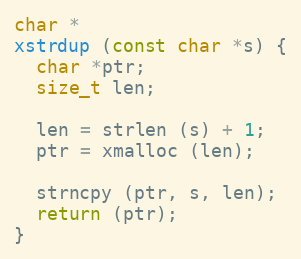
Language: C
char *
xstrdup (const char *s) {
  char *ptr;
  size_t len;

  len = strlen (s) + 1;
  ptr = xmalloc (len);

  strncpy (ptr, s, len);
  return (ptr);
}